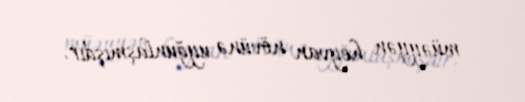
müəyyən heyvan növünə uyğunlaşmışdır.